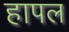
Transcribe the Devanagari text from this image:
हापल